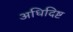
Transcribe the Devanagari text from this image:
अधिदिष्ट